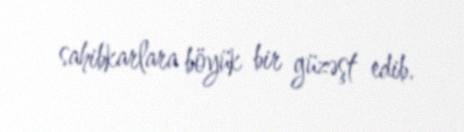
sahibkarlara böyük bir güzəşt edib.